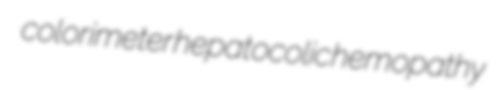
colorimeter hepatocolic hemopathy